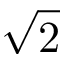
\sqrt 2